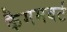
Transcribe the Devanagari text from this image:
कैममबर्ट